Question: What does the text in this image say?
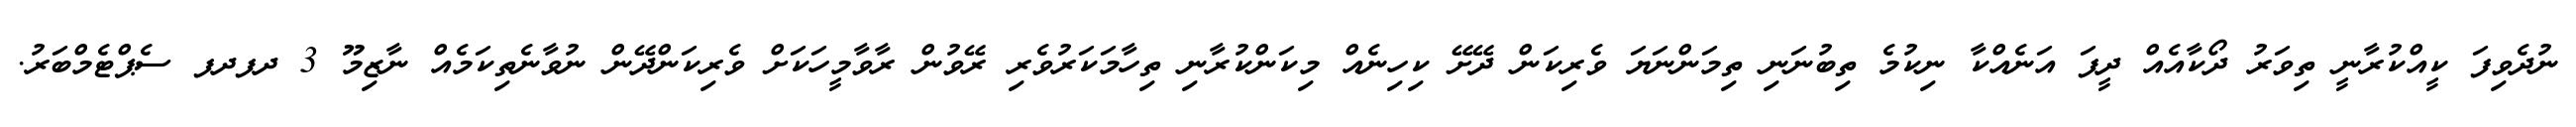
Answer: ނުދެވިފަ ކީއްކުރާނީ ތިވަރު ދޯކާއެއް ދީފަ އަނެއްކާ ނިކުމެ ތިބުނަނި ތިމަންނަޔަ ވެރިކަން ދޭށޭ ކިހިނެއް މިކަންކުރާނި ތިހާމަކަރުވެރި ރޭވުން ރާވާމީހަކަށް ވެރިކަންދޭން ނުވާނެތިކަމެއް ނާޒިމޫ 3 ދފދފ ސެޕްޓެމްބަރު.